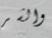
والشر